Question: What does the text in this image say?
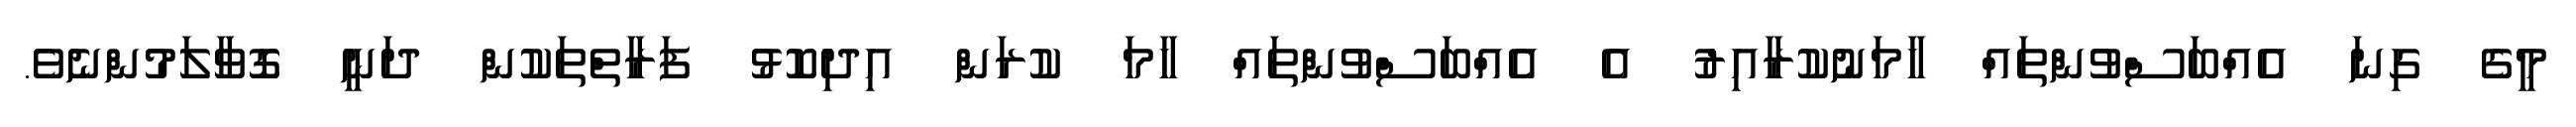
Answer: މީގެ ގިނަ އެއްބަސްވުންތައް ހާމަނުކުރާއިރު އެ އެއްބަސްވުންތައް ހާމަ ކުރަން އިދިކޮޅު ފަރާތްތަކުން ދަނީ ގޮވާލަމުންނެވެ.